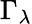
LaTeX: \Gamma_{\lambda}